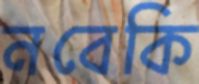
নবেকি